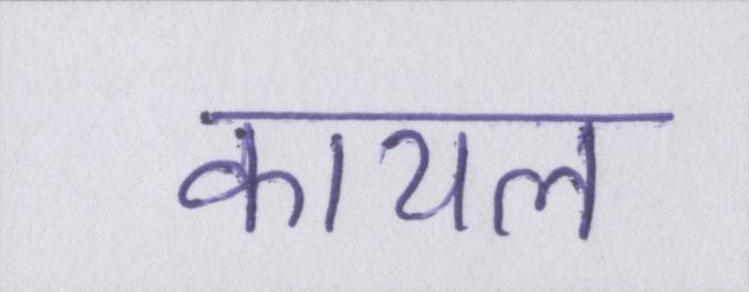
कायल